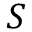
S